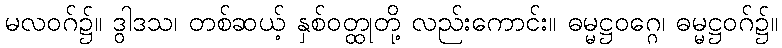
မလဝဂ်၌။ ဒွါဒသ၊ တစ်ဆယ့် နှစ်ဝတ္ထုတို့ လည်းကောင်း။ ဓမ္မဋ္ဌဝဂ္ဂေ၊ ဓမ္မဋ္ဌဝဂ်၌။